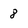
Character: 8